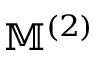
\mathbb { M } ^ { ( 2 ) }